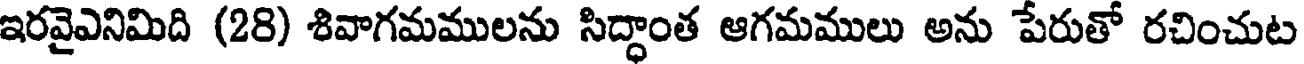
ఇరవైఎనిమిది (28) శివాగమములను సిద్ధాంత ఆగమములు అను పేరుతో రచించుట